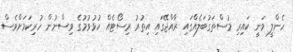
ހެންލީ ވަނީ ކައިރި މުސްތަގުބަލެއްގައި ރާއްޖޭގައި އިތުރު ރިސޯޓެއް ހުޅުވުމުގެ ވިސްނުން ހުރިކަމަށްވެސް